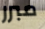
مبرر